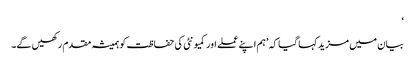
‘
بیان میں مزید کہا گیا کہ ’ہم اپنے عملے اور کمیونٹی کی حفاظت کو ہمیشہ مقدم رکھیں گے۔